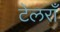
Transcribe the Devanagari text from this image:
टेलराँ